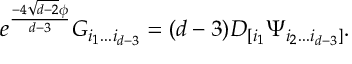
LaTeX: e ^ { \frac { - 4 \sqrt { d - 2 } \phi } { d - 3 } } G _ { i _ { 1 } . . . i _ { d - 3 } } = ( d - 3 ) D _ { [ i _ { 1 } } \Psi _ { i _ { 2 } . . . i _ { d - 3 } ] } .